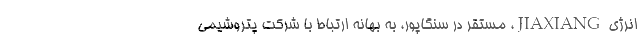
انرژی JIAXIANG، مستقر در سنگاپور، به بهانه ارتباط با شرکت پتروشیمی